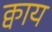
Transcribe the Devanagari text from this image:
क्वाय